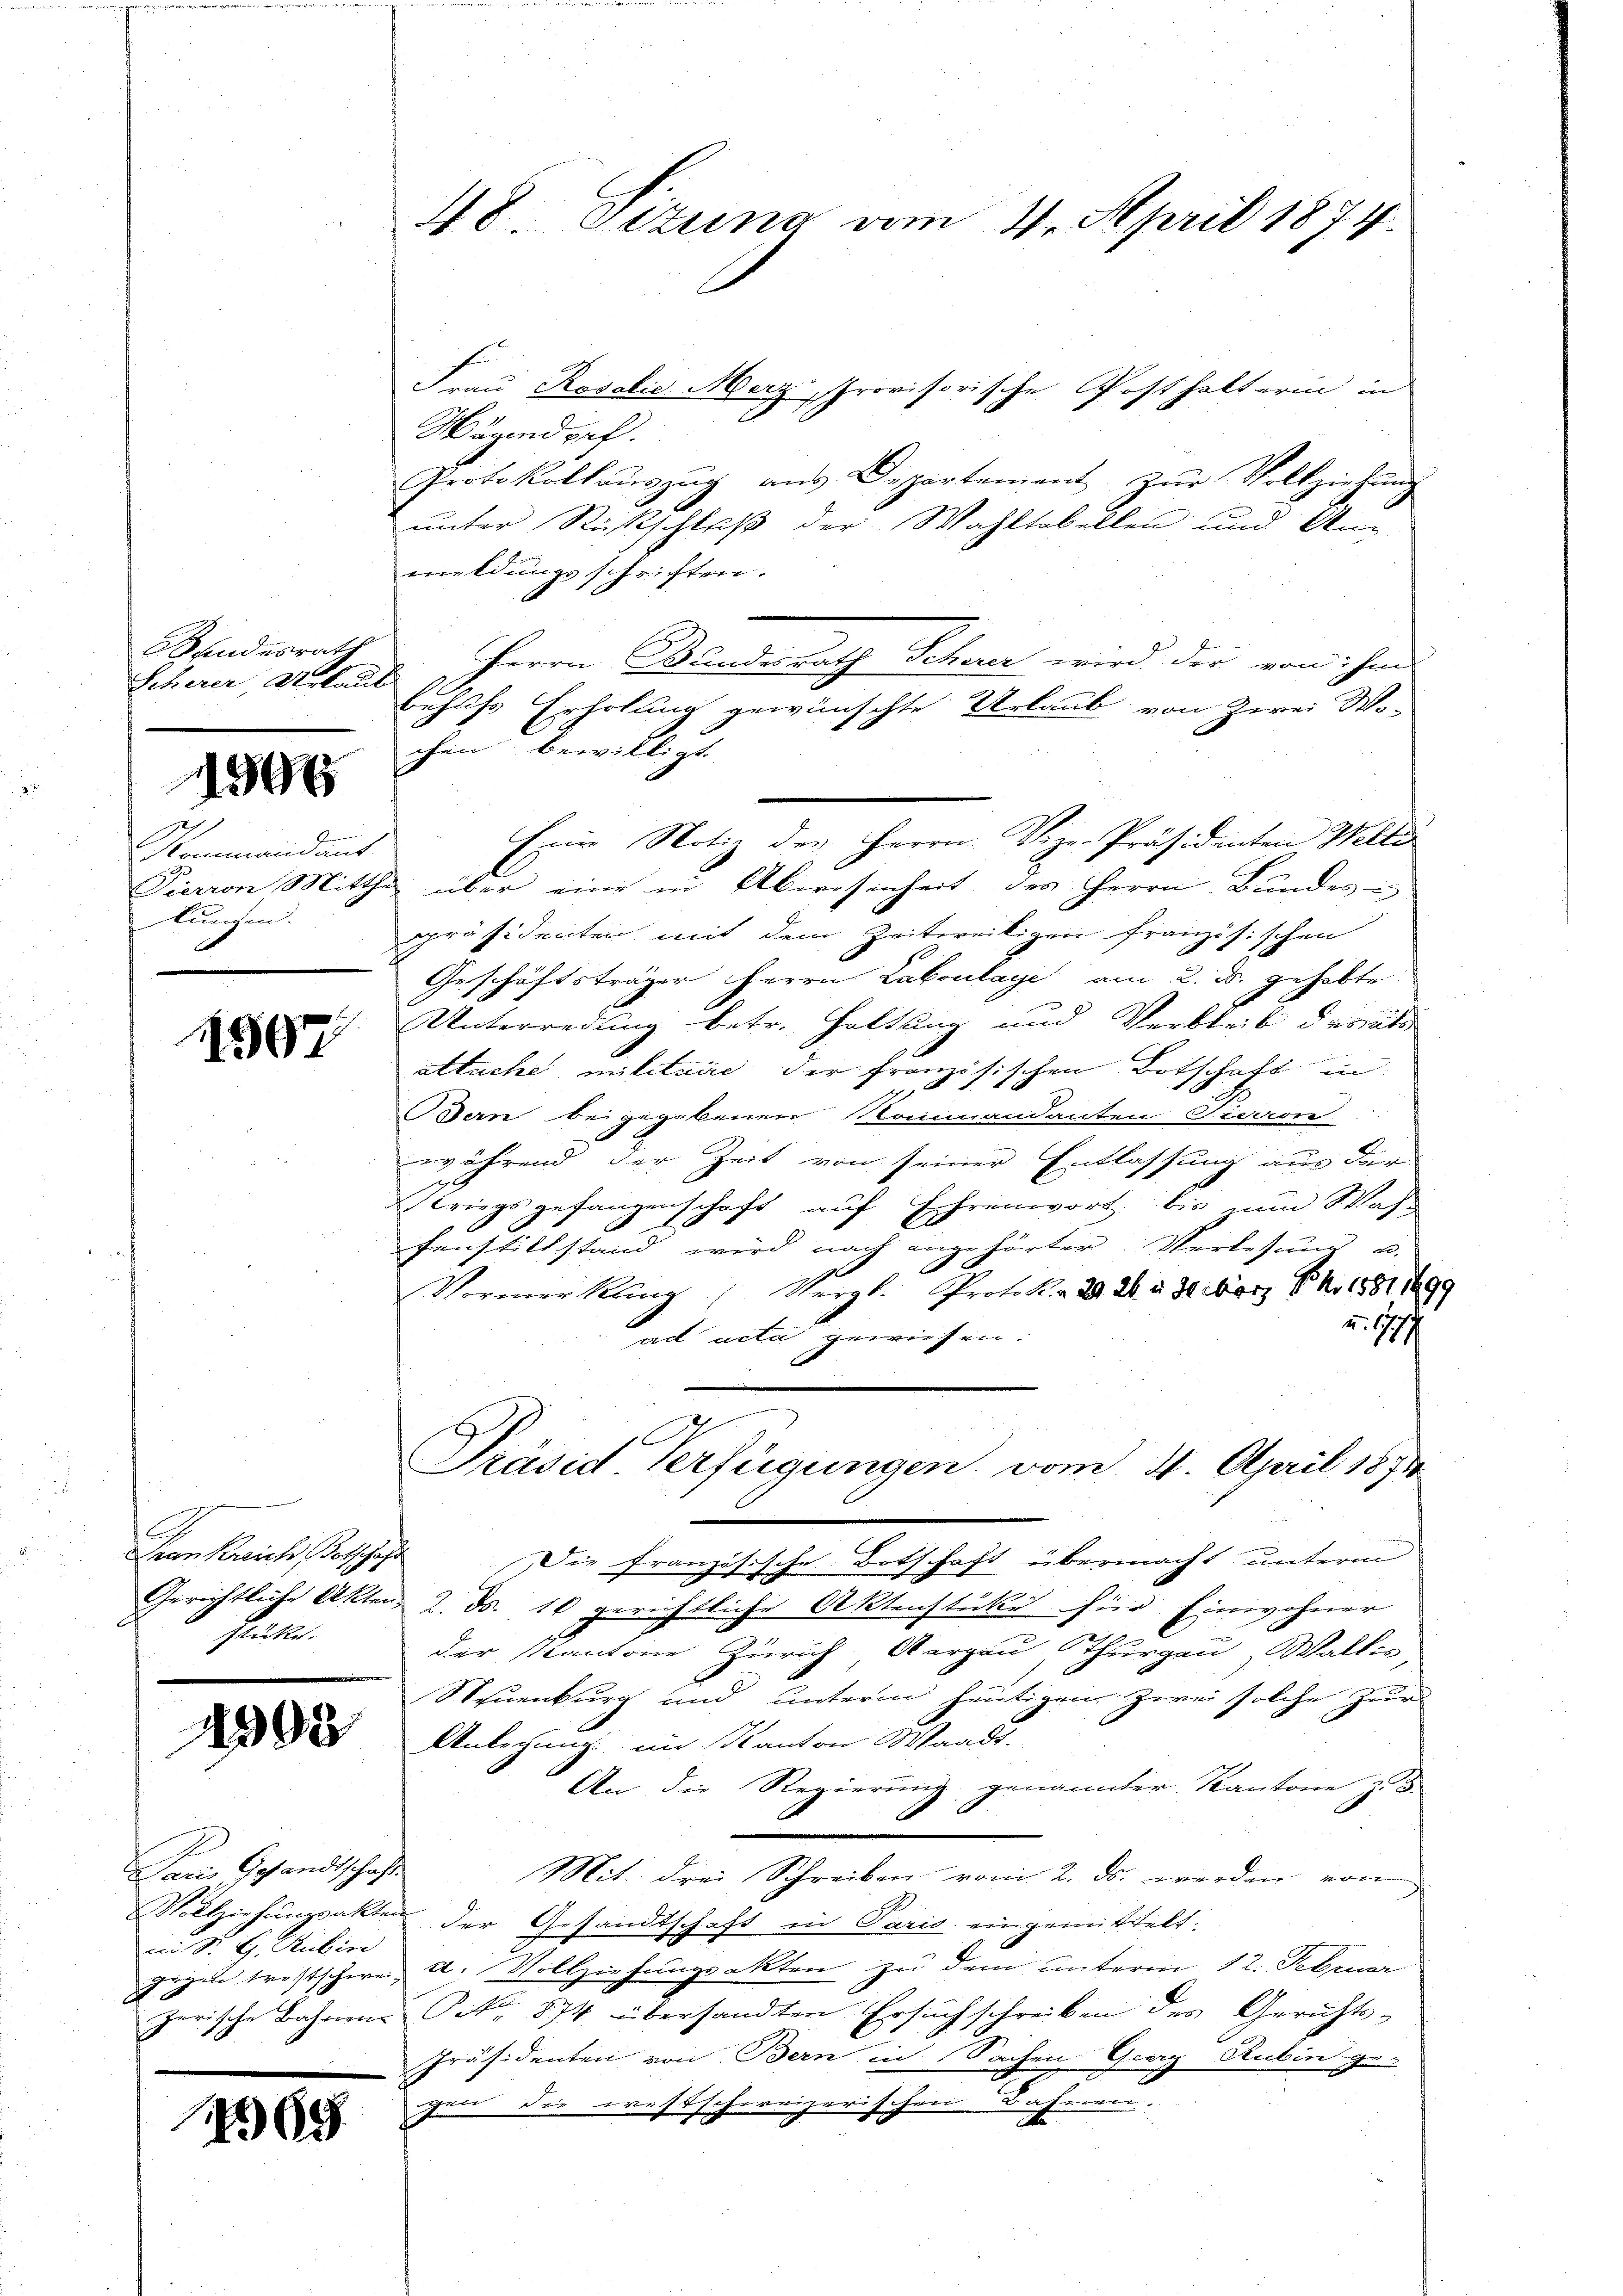
Mandesrath
Scherer, Urlaub

11300

Kommandant
kungen.

1507

Jean Zürich, Botschaft
Glückte.

Paris Gesandtschafte
mi S. G. Rubin

265

Frau Rosalie Merz provisorische Posthalterin in
Wägendorf.
Protokollaŭszŭg aŭs Departement. Zŭr Vollziehŭng
unter Rückschluß der Wahltobellen und An-
meldungsschriften.
Herrn Wandesrath Schau wird der von ihm
Behufs Erholung gewünschte Urlaub von Zwei Mo-
chen bewilligt.
Eine Notiz des Herrn Vize-Präsidenten Welti
Pierron Mitthe über eine in Abwesenheit des Herrn Bundes
präsidenten mit dem Zeitweiligen französischen
Geschäftsträger Herrn Laboulage am 2. ds. gehabte
Unterredung betr. Haltung und Verbleib des ali
altuche militaire der Französischen Botschaft in
Bern beigegebenen Kommandanten Figaron
während der Zeit von seiner Entlassung aus der
Kriegsgefangenschaft auf Ehrenwort bis nun Was-
s
Fenstillstand wird nach angehörter Verlesung u.
.
Vormerkling (Vergl. Protok. a 29. 26. v. 30. März Ph. 1881 189
a. 17.
ad acta gewiesen.
Präsid. Verfügungen vom 4. April 1871
Die französische Botschaft übermacht unterm
Gerichtliche Akten 2. ds. 16 gerichtliche Aktenstüke für Einwohner
der Kantone Zürich, Aargau, Thurgau, Wallis,
Neuenburg und unterm heutigen zwei solche Zur
 Anleichung im Kanton Waadt.
An die Regierung genannter Kantone z. B.
Mit drei Schreiben vom 2. ds. werden von
Vollziehungsakten der Gesandtschaft in Paris eingemittelt:
gegen trostschweiz u. Vollziehungsakten zu dem unterm 12. Februar
zerische Bahnen Nr. 874 übersandten Ersuchschreiben des Gerichts-
Präsidenten von Bern in Sachen Georg Rubin ge-
gen die westschweizerischen Bahreren.

48 Situng vom 4. April 1874